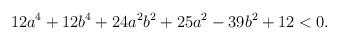
LaTeX: \begin{align*} 12a^4+12b^4+24a^2b^2+25a^2-39b^2+12 < 0.\end{align*}